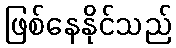
ဖြစ်နေနိုင်သည်